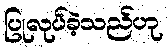
ပြုလုပ်ခဲ့သည်ဟု